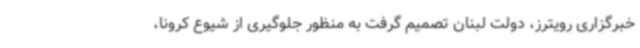
خبرگزاری رویترز، دولت لبنان تصمیم گرفت به منظور جلوگیری از شیوع کرونا،